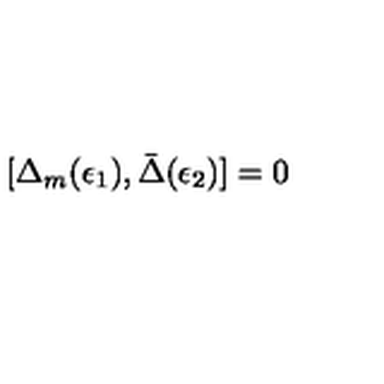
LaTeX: [ \Delta _ { m } ( \epsilon _ { 1 } ) , \bar { \Delta } ( \epsilon _ { 2 } ) ] = 0